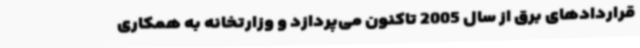
قراردادهای برق از سال 2005 تاکنون می‌پردازد و وزارتخانه به همکاری